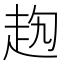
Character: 𧺤